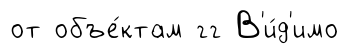
от объе́ктам гг В'и́д'имо